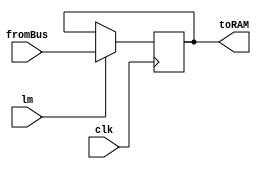
module MAR_SAP
	(
		input clk, lm,
		input [3 : 0] fromBus,
		output reg [3 : 0] toRAM
	);

	always @ (posedge clk)
		if(lm) toRAM <= fromBus;
endmodule